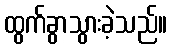
ထွက်ခွာသွားခဲ့သည်။